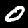
Label: 0